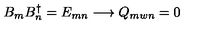
B _ { m } B _ { n } ^ { \dagger } = E _ { m n } \longrightarrow Q _ { m w n } = 0